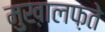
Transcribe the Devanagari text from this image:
मुख़ालफ़ते